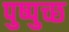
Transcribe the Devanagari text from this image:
पुष्पुच्छ